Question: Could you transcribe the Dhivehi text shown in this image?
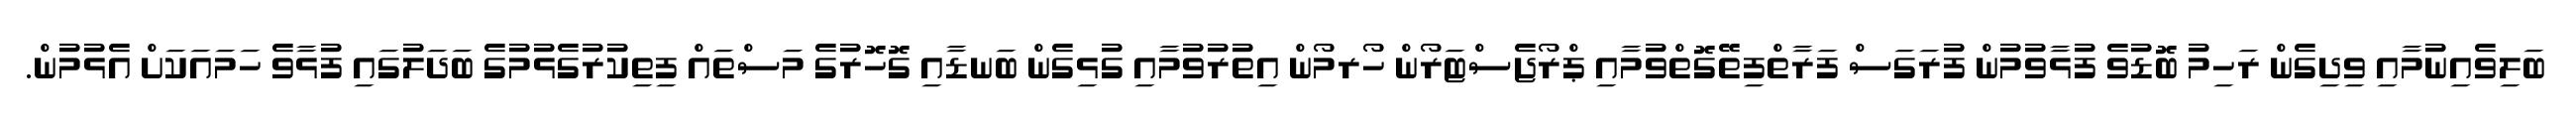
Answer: ބަލިވެއިނުމާއި ވިދިގެން ރަހިމު ބޮޑުވެ ފުޅާވުމުން ފުރަގަސް ފަރާތްފިތޭގޮތްވުމާއި ޕްރޯޖެސްޓަރޯން ހޯރމޯން އިތުރުވުމާއި ގުޅިގެން ބަނޑާއި ގޮހޮރުގެ މަސްތައް ފިތިކުރުގެޅުމުގެ ބަދަލުގައި ފުޅާވެ ހަމައަކަށް އެޅުމުން.